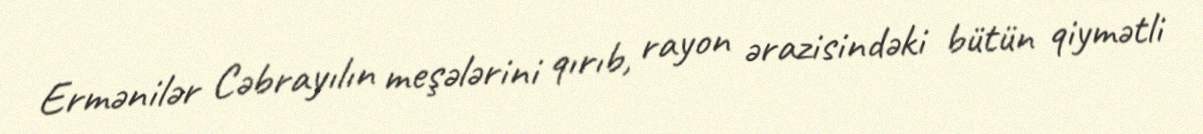
Ermənilər Cəbrayılın meşələrini qırıb, rayon ərazisindəki bütün qiymətli